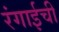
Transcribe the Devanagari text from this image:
रंगाईची